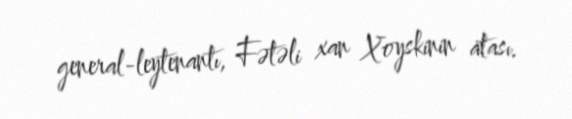
general-leytenantı, Fətəli xan Xoyskinin atası.